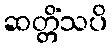
ဆတ္တိံသပိ